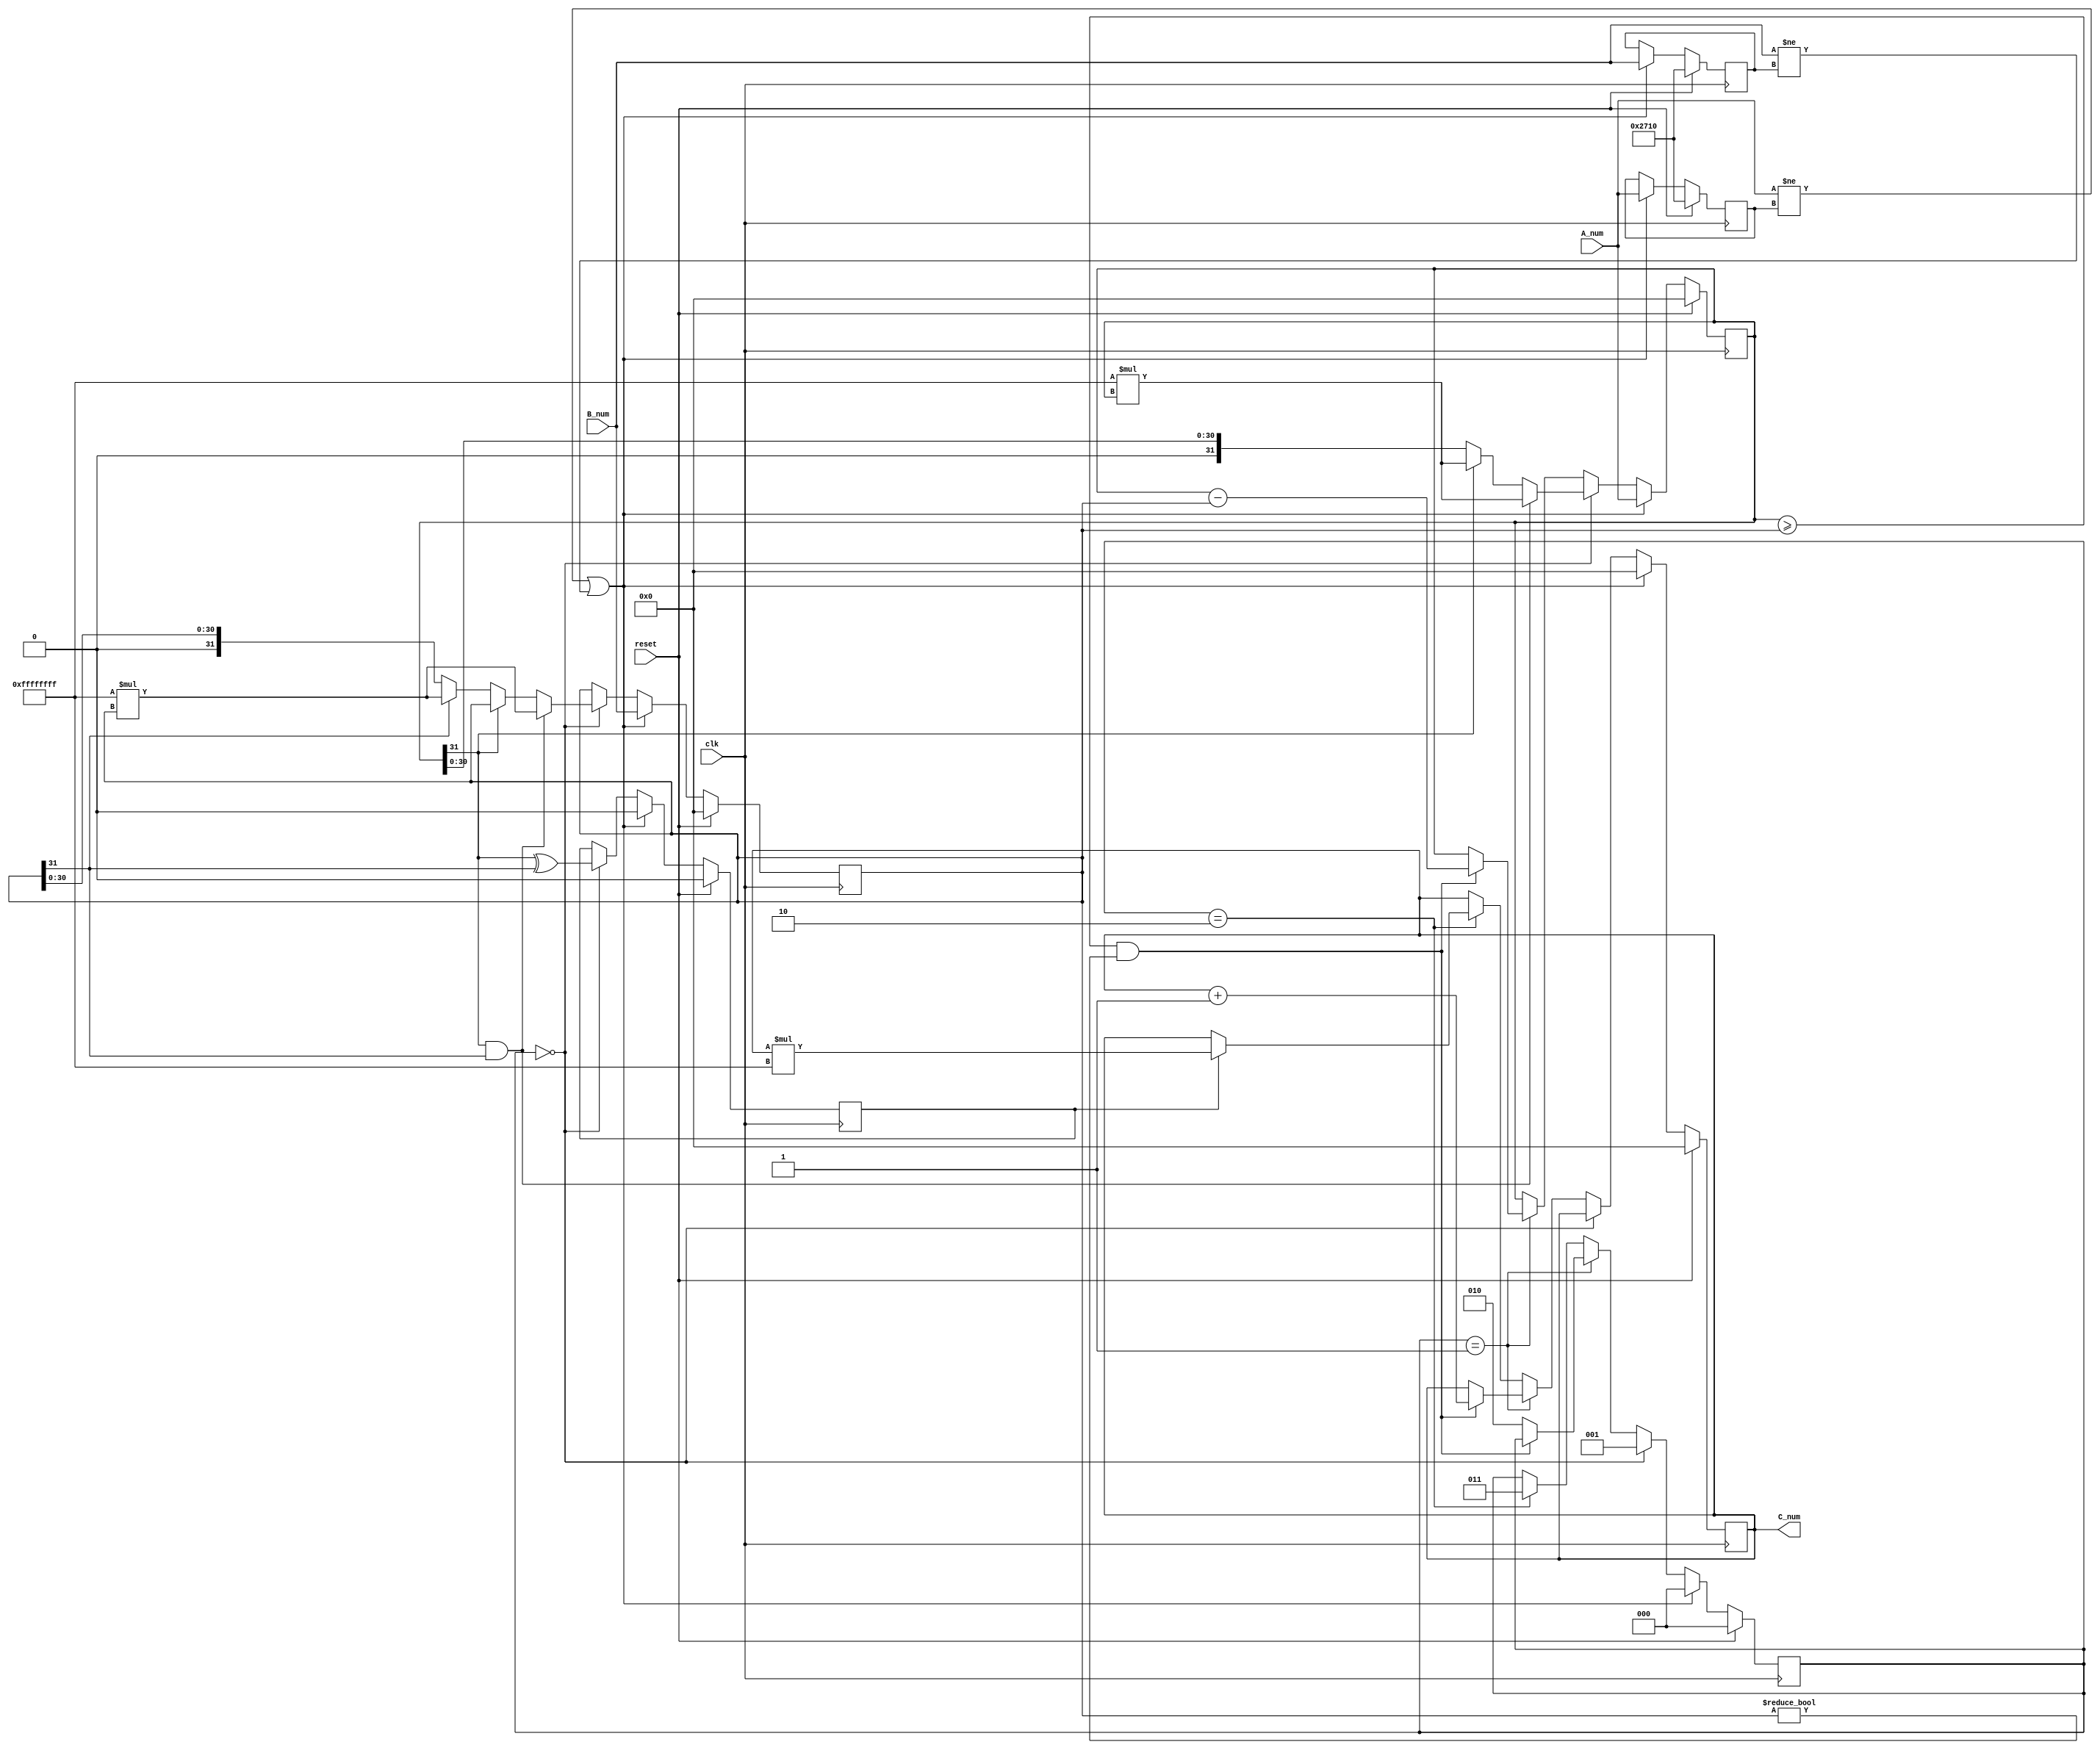
`timescale 1ns / 1ps
//////////////////////////////////////////////////////////////////////////////////
// Company: 
// Engineer: 
// 
// Design Name: 
// Module Name: pos_divider
// Project Name: 
// Target Devices: 
// Tool Versions: 
// Description: 
// 
// Dependencies: 
// 
// Revision:
// Revision 0.01 - File Created
// Additional Comments:
// 
//////////////////////////////////////////////////////////////////////////////////


module pos_divider(
    input clk,
    input [31:0] A_num,
    input [31:0] B_num,
    input reset,
    output reg [31:0] C_num
    );
    //calculate buffer
    reg divide_sign_buffer;
    reg [2:0] state;
    reg [31:0] A_template;
    reg [31:0] B_template;
    reg [31:0] A_buffer;
    reg [31:0] B_buffer;
    
    
    initial begin
        divide_sign_buffer = 0;
        state = 0;
        A_template = 10000; //inf
        B_template = 10000; //inf
        A_buffer = 0;
        B_buffer = 0;
        C_num = 0;
    end
    
    always @(posedge clk)begin
        if(reset)begin
            divide_sign_buffer = 0;
            state = 0;
            A_template = 10000; //inf
            B_template = 10000; //inf
            A_buffer = 0;
            B_buffer = 0;
            C_num = 0;
        end else
        if((A_num != A_template) || (B_num != B_template))begin //new A,B
            state <= 0;
            A_template <= A_num;
            B_template <= B_num;
            A_buffer <= A_num;
            B_buffer <= B_num;
            C_num <= 0;
            divide_sign_buffer <= 0;
        end else if(state == 0)begin //make negative to buffer
            divide_sign_buffer <= A_buffer[31] ^ B_buffer[31]; //sign buffer
            if(A_buffer[31] == 1 && B_buffer[31] == 1)begin //both neg
                 A_buffer <= -1*A_buffer;
                 B_buffer <= -1*B_buffer;
            end else if(A_buffer[31] == 1)begin //A neg
                 A_buffer <= -1*A_buffer;
            end else if(B_buffer[31] == 1)begin //B neg
                 B_buffer <= -1*B_buffer;
            end 
            state = 1;
        end else if(state == 1)begin //state minus A by B into count C each clock
            if(A_buffer >= B_buffer && B_buffer != 0)begin
                C_num <= C_num + 1;
                A_buffer <= A_buffer - B_buffer;
            end else begin
                state <= 2;
            end
        end else if(state == 2)begin //make C_num sign
            if(divide_sign_buffer)
                C_num <= C_num * -1;
            state <= 3;
        end
        
                    
                    
    end
endmodule